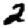
Digit: 2